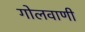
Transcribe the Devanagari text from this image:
गोलवाणी